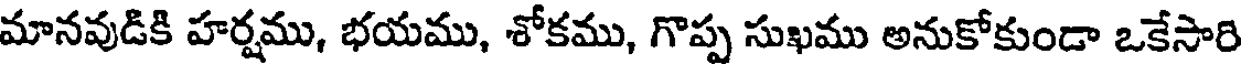
మానవుడికి హర్షము, భయము, శోకము, గొప్ప సుఖము అనుకోకుండా ఒకేసారి